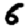
Digit: 6